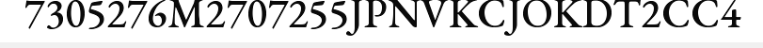
7305276M2707255JPNVKCJOKDT2CC4